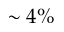
\sim 4 \%